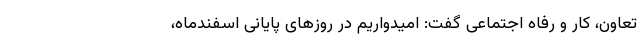
تعاون، کار و رفاه اجتماعی گفت: امیدواریم در روزهای پایانی اسفندماه،